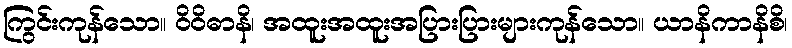
ကြွင်းကုန်သော။ ဝိဝိဓာနိ၊ အထူးအထူးအပြားပြားများကုန်သော။ ယာနိကာနိစိ၊